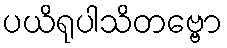
ပယိရုပါသိတဗ္ဗော